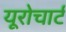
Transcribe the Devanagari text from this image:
यूरोचार्ट